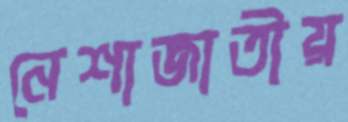
নেশাজাতীয়